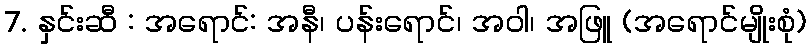
7. နှင်းဆီ : အရောင်: အနီ၊ ပန်းရောင်၊ အဝါ၊ အဖြူ (အရောင်မျိုးစုံ)